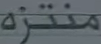
منتزه